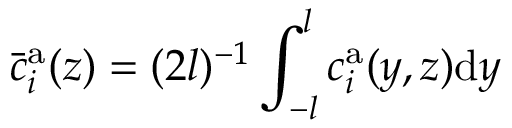
\bar { c } _ { i } ^ { \mathrm { a } } ( z ) = ( 2 l ) ^ { - 1 } \int _ { - l } ^ { l } c _ { i } ^ { \mathrm { a } } ( y , z ) \mathrm { d } y